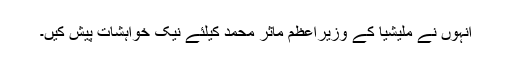
انہوں نے ملیشیا کے وزیراعظم مآثر محمد کیلئے نیک خواہشات پیش کیں۔